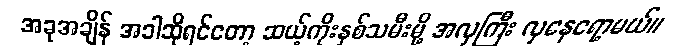
အခုအချိန် အခါဆိုရင်တော့ ဆယ့်ကိုးနှစ်သမီးမို့ အလှကြီး လှနေရော့မယ်။